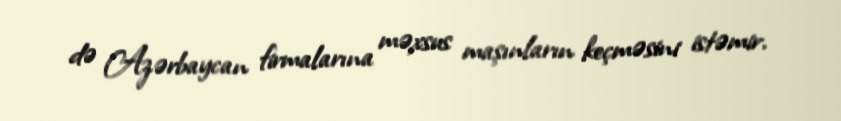
də Azərbaycan firmalarına məxsus maşınların keçməsini istəmir.